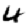
Digit: 4